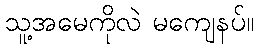
သူ့အမေကိုလဲ မကျေနပ်။